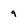
Character: 9